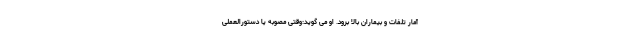
آمار تلفات و بیماران بالا برود. او می گوید:وقتی مصوبه یا دستورالعملی